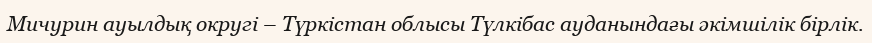
Мичурин ауылдық округі – Түркістан облысы Түлкібас ауданындағы әкімшілік бірлік.